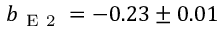
b _ { \mathrm { ~ E ~ 2 ~ } } = - 0 . 2 3 \pm 0 . 0 1